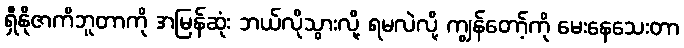
ရှီနိုဇာကိဘူတာကို အမြန်ဆုံး ဘယ်လိုသွားလို့ ရမလဲလို့ ကျွန်တော့်ကို မေးနေသေးတာ